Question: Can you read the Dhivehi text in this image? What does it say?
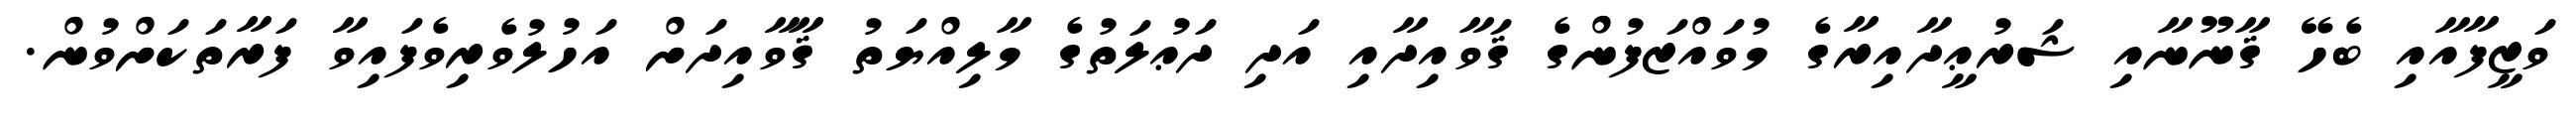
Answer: ވަޒީފާއާއި ބެހޭ ޤާނޫނާއި ޝަރުޢީދާއިރާގެ މުވައްޒަފުންގެ ޤަވާއިދާއި އަދި ދަޢުލަތުގެ މާލިއްޔަތު ޤާވާއިދަށް އަހުލުވެރިވެފައިވާ ފަރާތަކަށްވުން.